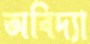
অবিদ্যা